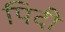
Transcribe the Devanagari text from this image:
पिदी